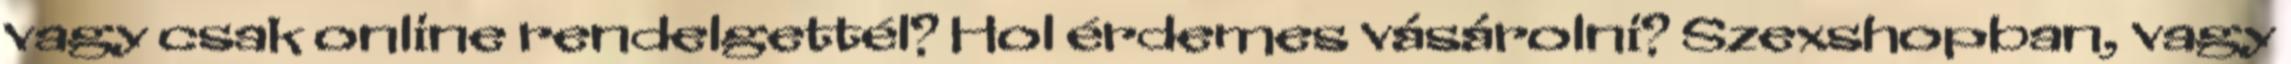
vagy csak online rendelgettél? Hol érdemes vásárolni? Szexshopban, vagy